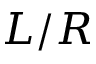
L / R